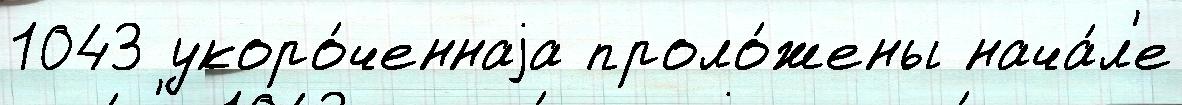
1043 укоро́ченнаjа проло́жены нача́л'е